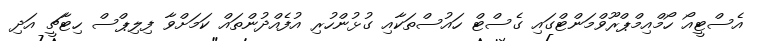
އެސްޓީއޯ ހޯމްއިމްޕްރޫވްމަންޓްގައި ގެސްޓް ހައުސްތަކާއި ގުޅުންހުރި އުފެއްދުންތައް ކަމަށްވާ ފިލިޕްސް ހިޓާޗީ އަދި